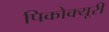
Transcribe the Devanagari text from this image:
पिकोक्यूरी